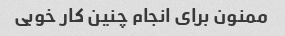
ممنون برای انجام چنین کار خوبی